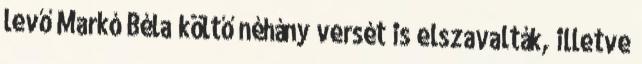
levő Markó Béla költő néhány versét is elszavalták, illetve